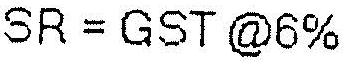
SR = GST @6%